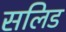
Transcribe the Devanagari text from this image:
सलिड